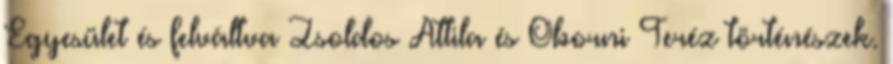
Egyesület és felváltva Zsoldos Attila és Oborni Teréz történészek.